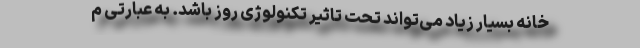
خانه بسیار زیاد می‌تواند تحت تاثیر تکنولوژی روز باشد. به عبارتی م